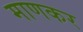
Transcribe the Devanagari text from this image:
माणकर